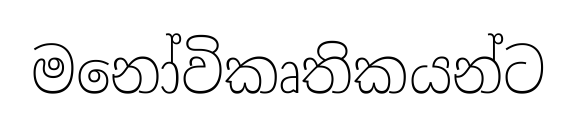
මනෝවිකෘතිකයන්ට